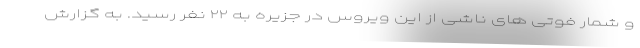
و شمار فوتی های ناشی از این ویروس در جزیره به ۲۲ نفر رسید. به گزارش